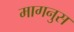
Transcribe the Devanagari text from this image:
मागनुस